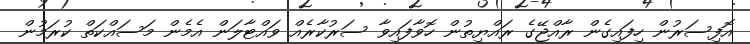
އޮފިސަރުން ހިފައިގެން ރާއްޖޭގެ ރައްޔިތުން ހޮވާފައިވާ ސަރުކާރެއް ވައްޓާލަން އެމެން މަސައްކަތް ކުރަމުން